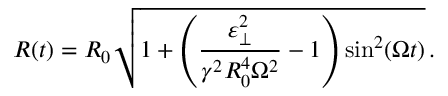
R ( t ) = R _ { 0 } \sqrt { 1 + \left( \frac { \varepsilon _ { \perp } ^ { 2 } } { \gamma ^ { 2 } R _ { 0 } ^ { 4 } \Omega ^ { 2 } } - 1 \right) \sin ^ { 2 } ( \Omega t ) } \, .